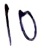
Text: 10